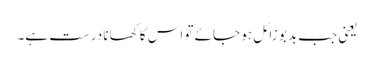
یعنی جب بدبو زائل ہو جائے تو اس کا کھانا درست ہے۔